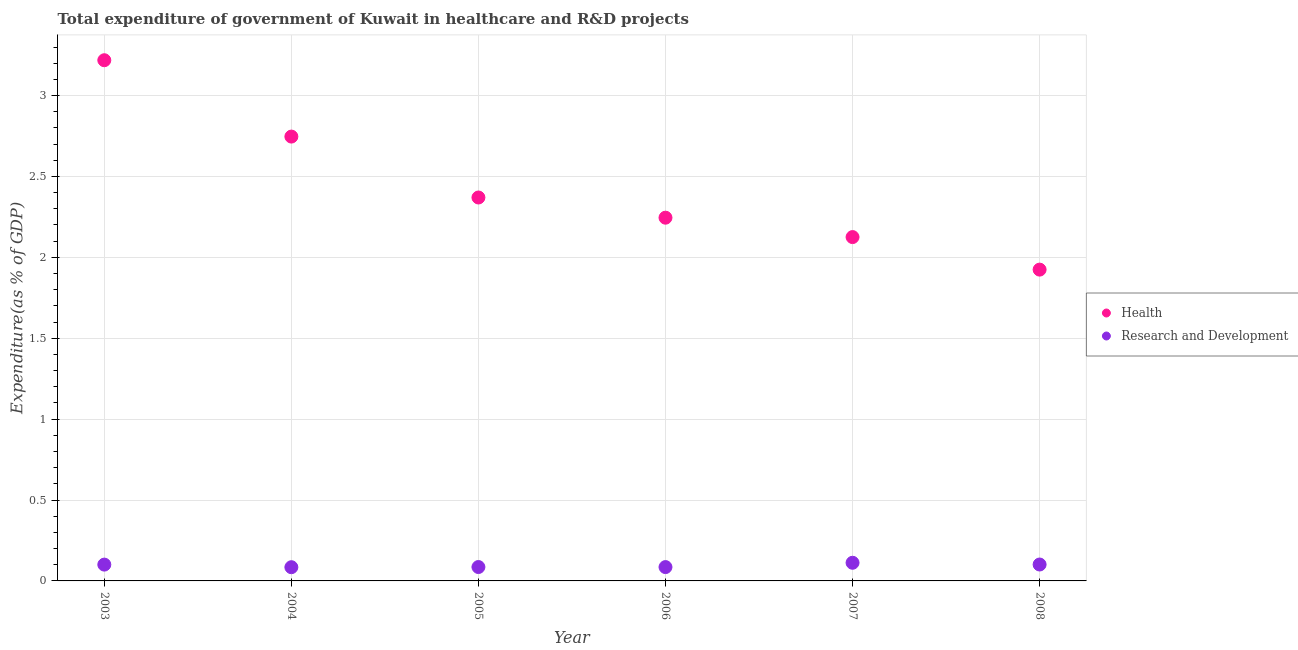
| Year | Health | Research and Development |
 | --- | --- | --- |
 | 2003 | 3.22 | 0.101 |
 | 2004 | 2.75 | 0.0848 |
 | 2005 | 2.37 | 0.0858 |
 | 2006 | 2.25 | 0.0855 |
 | 2007 | 2.13 | 0.112 |
 | 2008 | 1.92 | 0.101 |